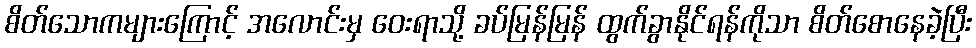
စိတ်သောကများကြောင့် အလောင်းမှ ဝေးရာသို့ ခပ်မြန်မြန် ထွက်ခွာနိုင်ရန်ကိုသာ စိတ်စောနေခဲ့ပြီး